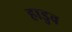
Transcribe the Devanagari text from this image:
हाडुव